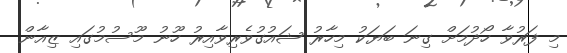
މި ފަރުވާ ހޯދުމަށް ގިނަ ބަޔަކު މިހާރު ޝައުގުވެރިވާއިރު ހޫނު މޫސުމުގައި ޒިއާން